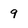
Character: 9